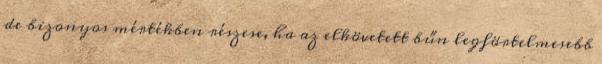
de bizonyos mértékben részese, ha az elkövetett bűn legförtelmesebb